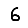
Digit: 6